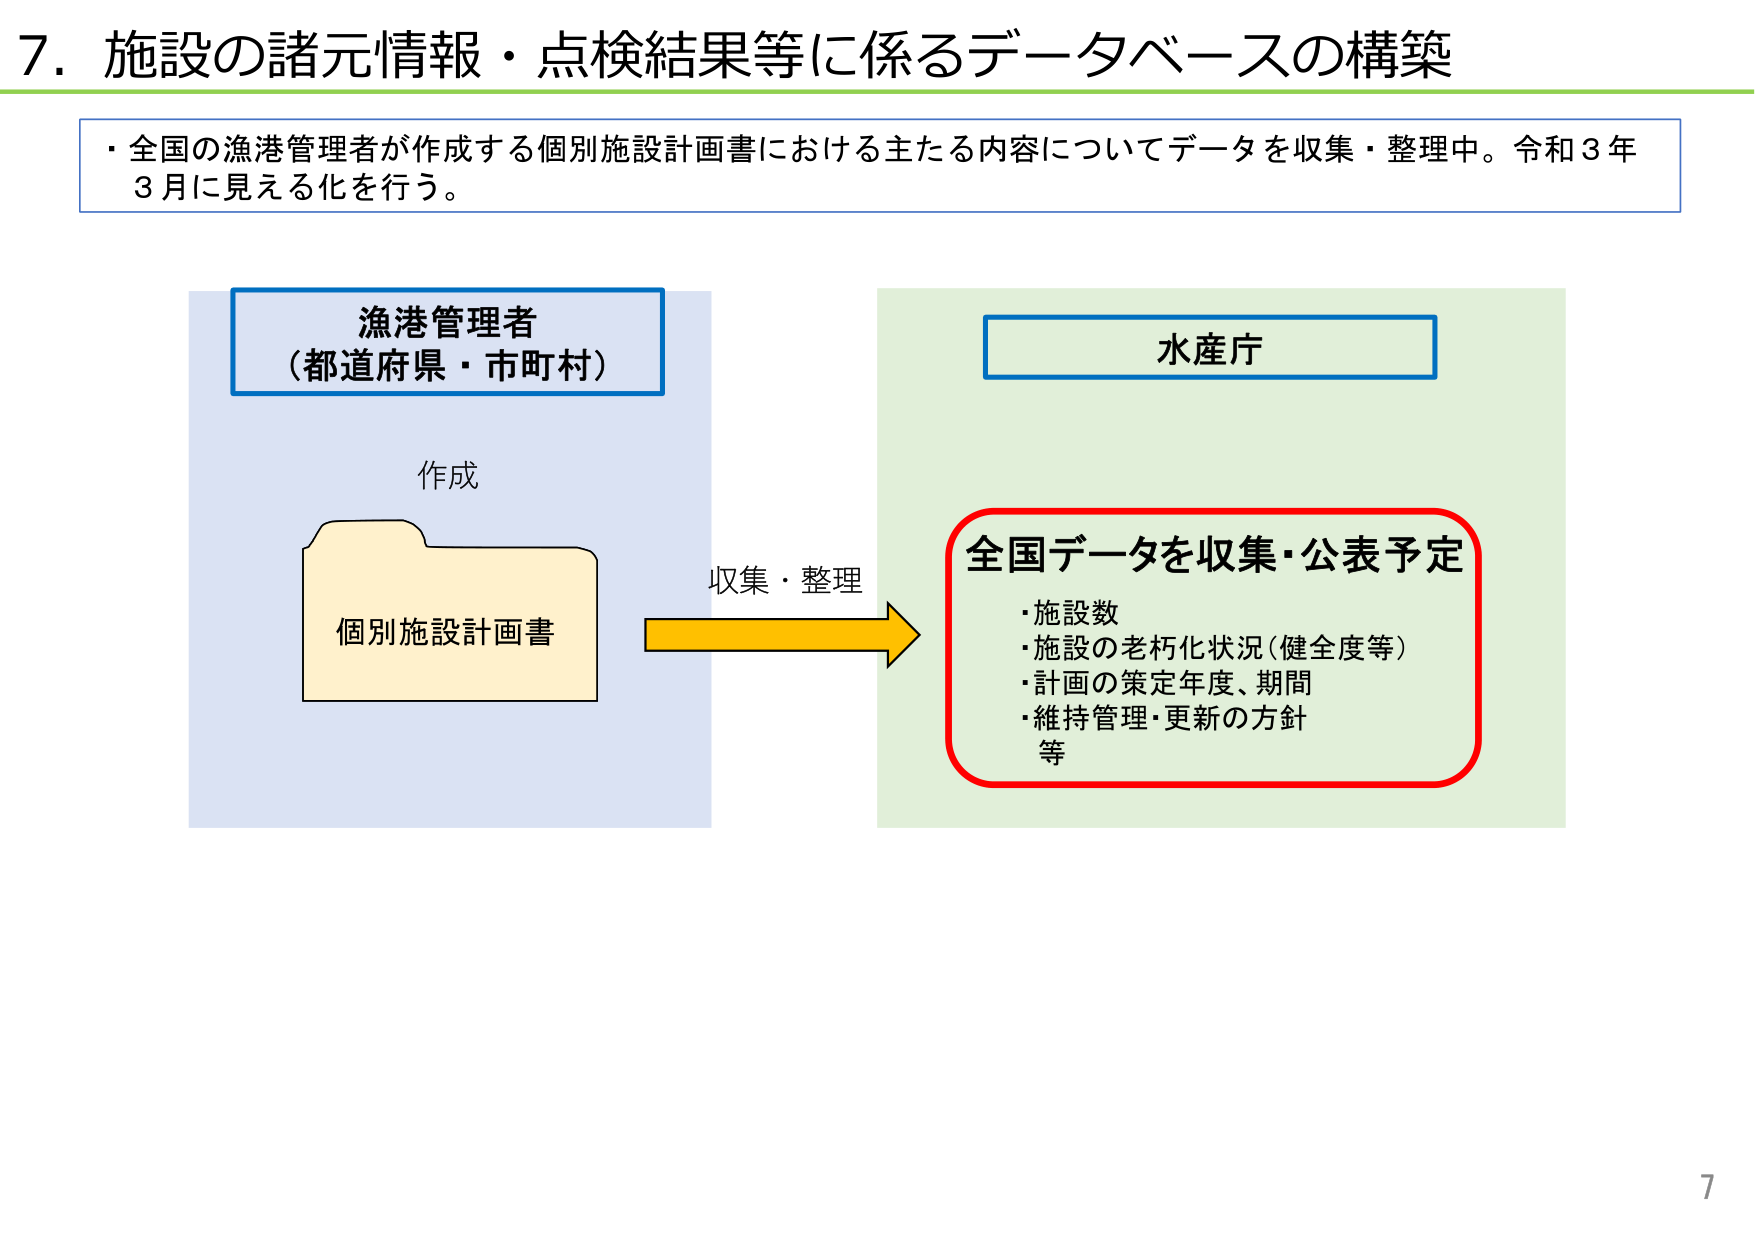
7. 施設の諸元情報・点検結果等に係るデータベースの構築

・全国の漁港管理者が作成する個別施設計画書における主たる内容についてデータを収集・整理中。令和3年3月に見える化を行う。

漁港管理者
（都道府県・市町村）

作成

個別施設計画書

収集・整理

水産庁

全国データを収集・公表予定
・施設数
・施設の老朽化状況（健全度等）
・計画の策定年度、期間
・維持管理・更新の方針
等

7